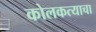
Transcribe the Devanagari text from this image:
कोलकत्याचा